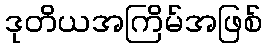
ဒုတိယအကြိမ်အဖြစ်